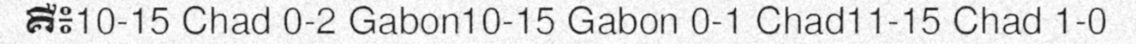
គឺ៖10-15 Chad 0-2 Gabon10-15 Gabon 0-1 Chad11-15 Chad 1-0